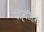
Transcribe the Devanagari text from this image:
रत्नसिरी